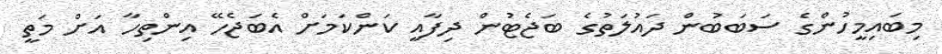
މިބައިމީހުންގެ ސަބަބުން ދައުލަތުގެ ބަޖެޓުން ދިފާއީ ކަންކަމަށް އެބަޖެހޭ އިންތިހާ އަށް މަތީ